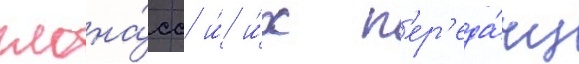
глона́сс и́ и́х п'ер'еда́чу